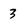
Character: 3